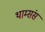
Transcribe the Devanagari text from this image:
थाम्संस